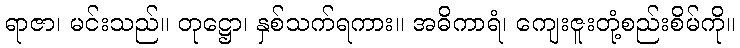
ရာဇာ၊ မင်းသည်။ တုဋ္ဌော၊ နှစ်သက်ရကား။ အဓိကာရံ၊ ကျေးဇူးတုံ့စည်းစိမ်ကို။